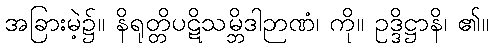
အခြားမဲ့၌။ နိရုတ္တိပဋိသမ္ဘိဒါဉာဏံ၊ ကို။ ဥဒ္ဒိဋ္ဌာနိ၊ ၏။